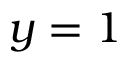
y = 1